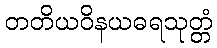
တတိယဝိနယဓရသုတ္တံ